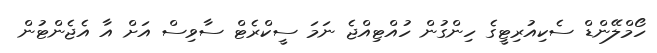
ހޯމްލޭންޑް ސެކިއުރިޓީގެ ހިންގުން ހުއްޓިއްޖެ ނަމަ ސީކްރެޓް ސާވިސް އަށް އާ އެޖެންޓުން